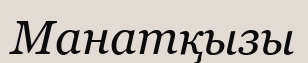
Манатқызы